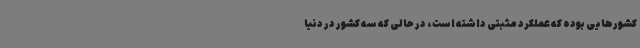
کشورهایی بوده که عملکرد مثبتی داشته است، در حالی که سه کشور در دنیا